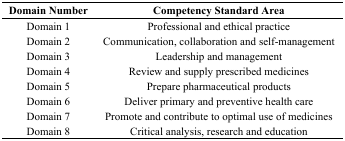
<table><thead><tr><td><b>Domain Number</b></td><td><b>Competency Standard Area</b></td></tr></thead><tbody><tr><td>Domain 1</td><td>Professional and ethical practice</td></tr><tr><td>Domain 2</td><td>Communication, collaboration and self-management</td></tr><tr><td>Domain 3</td><td>Leadership and management</td></tr><tr><td>Domain 4</td><td>Review and supply prescribed medicines</td></tr><tr><td>Domain 5</td><td>Prepare pharmaceutical products</td></tr><tr><td>Domain 6</td><td>Deliver primary and preventive health care</td></tr><tr><td>Domain 7</td><td>Promote and contribute to optimal use of medicines</td></tr><tr><td>Domain 8</td><td>Critical analysis, research and education</td></tr></tbody></table>